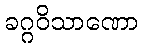
ခဂ္ဂဝိသာဏော